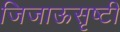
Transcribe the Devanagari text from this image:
जिजाऊसृष्टी